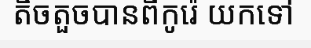
តិចតួចបានពីកូរ៉េ យកទៅ